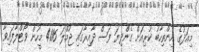
މިއަދުގެ އިންތިހާބު ކުރިއަށް ގެންދިޔަ ފަސް ދާއިރާގައި ޖުމްލަ 4116 މީހުން ވޯޓްލާފައިވާ